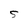
Character: S